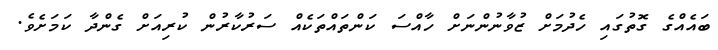
ބައެއްގެ ގޮތުގައި ހެދުމަށް ޒުވާނުންނަށް ހާއްސަ ކަންތައްތަކެއް ސަރުކާރުން ކުރިއަށް ގެންދާ ކަމަަށެވެ.